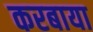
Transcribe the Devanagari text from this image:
करबाया